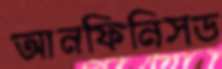
আনফিনিসড